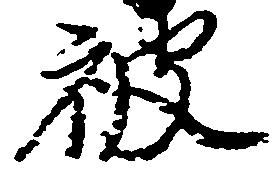
被